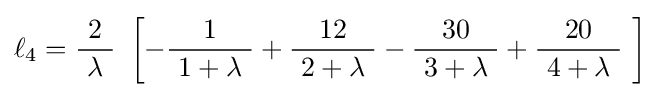
\ell _{4}={\frac {2}{\ \lambda \ }}\ \left[-{\frac {1}{\ 1+\lambda \ }}+{\frac {12}{\ 2+\lambda \ }}-{\frac {30}{\ 3+\lambda \ }}+{\frac {20}{\ 4+\lambda \ }}\ \right]\